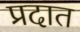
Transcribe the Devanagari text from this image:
प्रदात